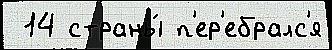
 14 страны́ п'ер'ебралс'я